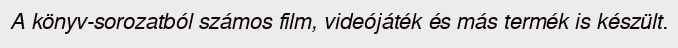
A könyv-sorozatból számos film, videójáték és más termék is készült.